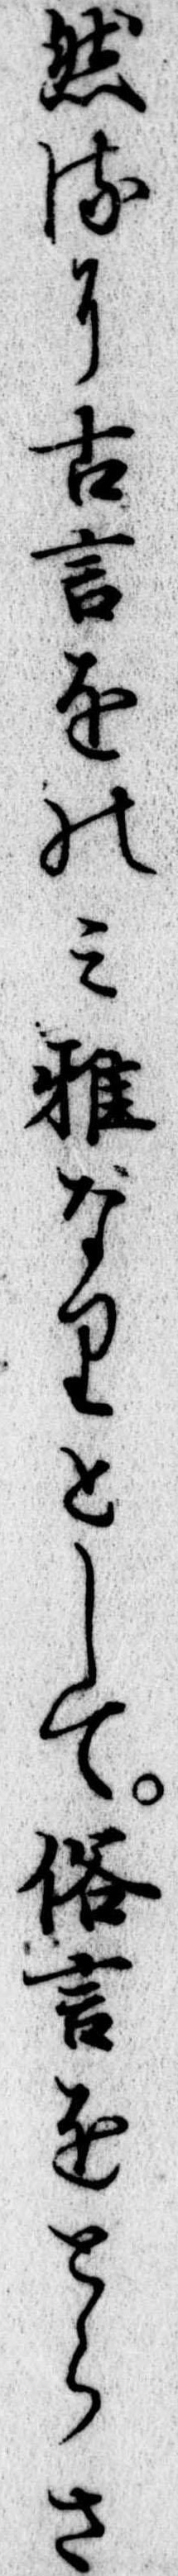
然るに古言をのみ雅なりとして俗言をとらさ